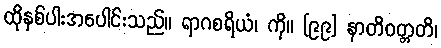
ထိုနှစ်ပါးအပေါင်းသည်။ ရာဂစရိယံ၊ ကို။ [၉၉] နာတိဝတ္တတိ၊